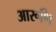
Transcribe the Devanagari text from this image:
आरूणि